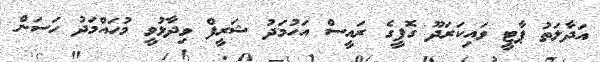
އަދާލަތު ޕާޓީ ވައިކަރަދޫ ގޮފީގެ ރައީސް އަހުމަދު ޝަރީފް ވިދާޅުވީ މުހައްމަދު ހަސަން